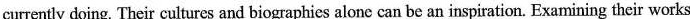
currently doing .Their cultures and biographies alone can be an inspiration. Examining their works